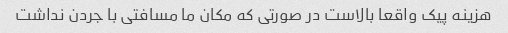
هزینه پیک واقعا بالاست در صورتی که مکان ما مسافتی با جردن نداشت